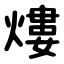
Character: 熡